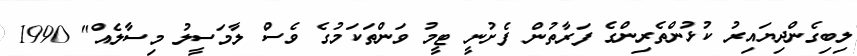
ލިބިގެންދިޔައިރު ކުޅުންތެރިންގެ ފަރާތުން ފެށުނީ ޓީމު ވަންތަކަމުގެ ވެސް ލާމަސީލު މިސާލެއް" 1990